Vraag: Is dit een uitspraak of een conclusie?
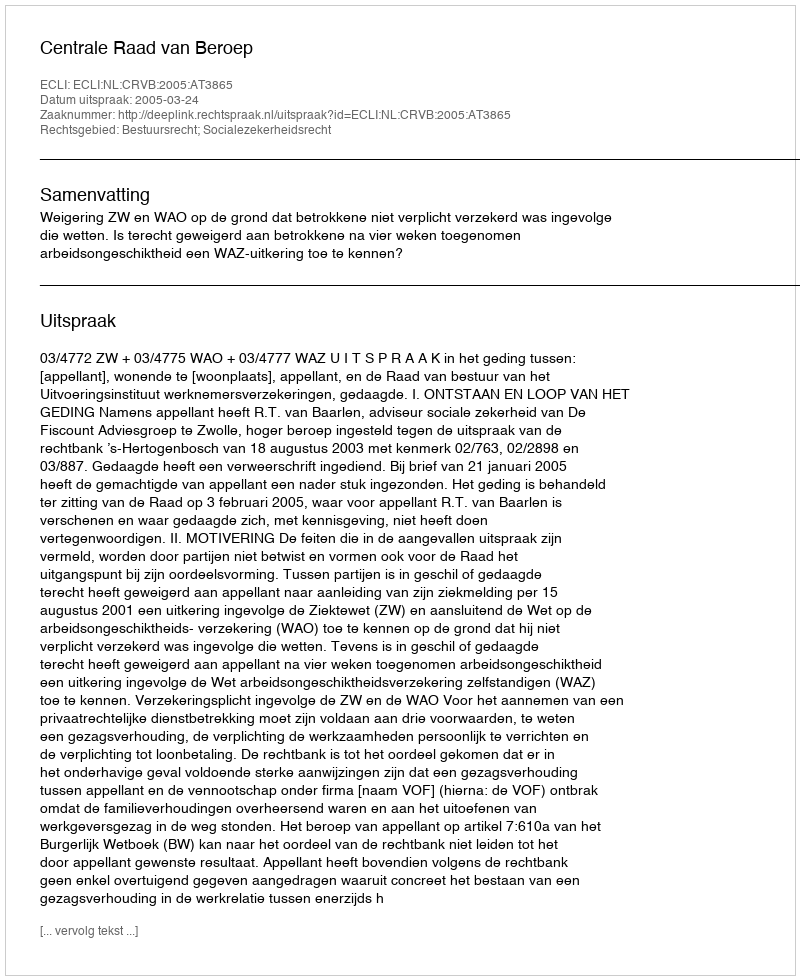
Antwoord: Uitspraak